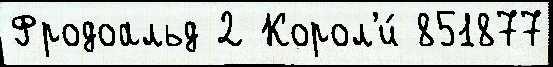
Фродоальд 2 Корол'и́ 851877